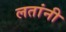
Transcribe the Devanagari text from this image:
लतांनी